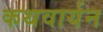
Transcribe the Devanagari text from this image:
कथवार्यन